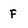
Character: F